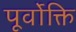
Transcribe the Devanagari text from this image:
पूर्वोक्ति